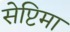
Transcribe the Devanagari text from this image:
सेप्टिमा